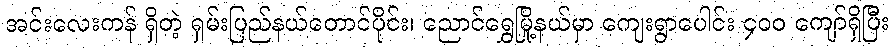
အင်းလေးကန် ရှိတဲ့ ရှမ်းပြည်နယ်တောင်ပိုင်း၊ ညောင်ရွှေမြို့နယ်မှာ ကျေးရွာပေါင်း ၄၀၀ ကျော်ရှိပြီး